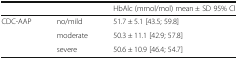
| <COLSPAN=2>  | HbAlc (mmol/mol) mean ± SD 95% Cl |
 | --- | --- | --- |
 | <ROWSPAN=3> CDC-AAP | no/mild | 51.7 ± 5.1 [43.5; 59.8] |
 | moderate | 50.3 ± 11.1 [42.9; 57.8] |
 | severe | 50.6 ± 10.9 [46.4; 54.7] |